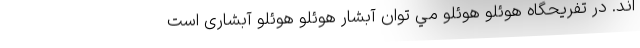
اند. در تفریحگاه هوئلو هوئلو مي توان آبشار هوئلو هوئلو آبشاری است